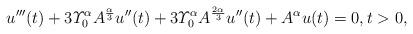
LaTeX: \begin{align*}u'''(t)+3\varUpsilon_0^\alpha A^{\frac{\alpha}{3}}u''(t)+ 3\varUpsilon_0^\alpha A^{\frac{2\alpha}{3}}u''(t)+A^{\alpha}u(t) = 0,t> 0,\end{align*}